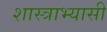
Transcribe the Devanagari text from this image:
शास्त्राभ्यासी